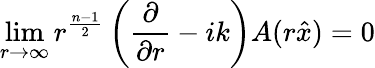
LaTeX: \operatorname*{lim}_{r\to\infty}r^{\frac{n-1}{2}}\left({\frac{\partial}{\partial r}}-ik\right)A(r{\hat{x}})=0